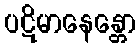
ပဋိမာနေန္တော